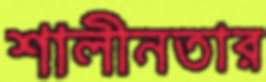
শালীনতার